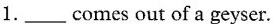
1. ____ comes out of a geyser.